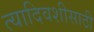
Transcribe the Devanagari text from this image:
त्यादिवशीसाठी